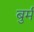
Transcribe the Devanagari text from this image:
बुर्म